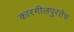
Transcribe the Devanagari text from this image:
कारगीलपुरतेच